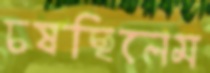
চষছিলেম